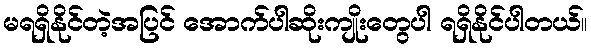
မရရှိနိုင်တဲ့အပြင် အောက်ပါဆိုးကျိုးတွေပါ ရရှိနိုင်ပါတယ်။